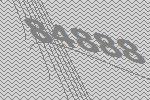
84888